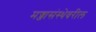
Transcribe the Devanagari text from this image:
मज्जासंस्थेवरील